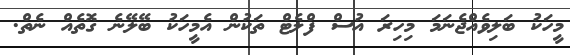
މީހަކު ބަލިވެއްޖެނަމަ މިހިރަ އުސް ފްލެޓް ތަކުން އެމީހަކު ބޭލޭނެ ގޮތެއް ނެތް.